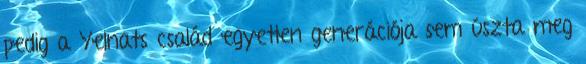
pedig a Yelnats család egyetlen generációja sem úszta meg